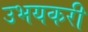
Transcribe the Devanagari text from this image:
उभयकरी